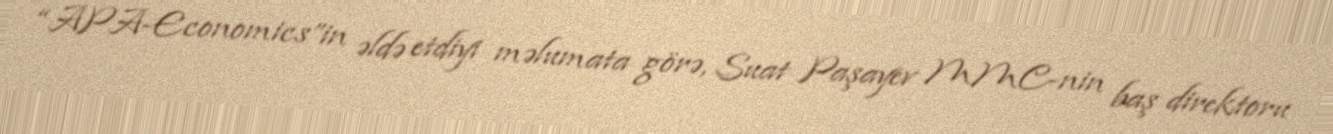
“APA-Economics”in əldə etdiyi məlumata görə, Suat Paşayev MMC-nin baş direktoru